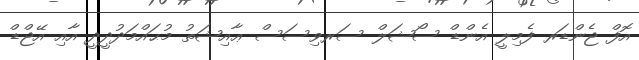
އޮފް ޖެންޑަރ ފެމިލީ އެންޑް ސޯޝަލް ސަރވިސަސް ޢާއިޝަތު މުޙައްމަދުދީދީ އާއި އޭޖްޑް